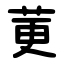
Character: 莄